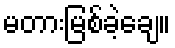
မတားမြစ်ခဲ့ချေ။